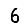
Digit: 6